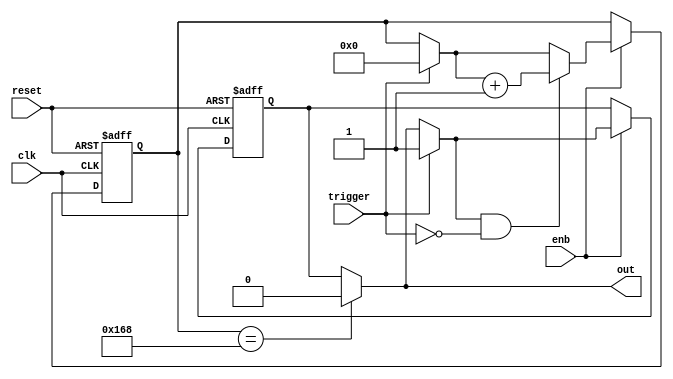
// -------------------------------------------------------------
// 
// 
// Generated by MATLAB 9.13 and HDL Coder 4.0
// 
// -------------------------------------------------------------


// -------------------------------------------------------------
// 
// Module: whdlOFDMTx_MATLAB_Function
// Source Path: whdlOFDMTx/Frame Generator/Data/Data Chain/Symbol Interleaver/Interleaver/Read Logic/MATLAB Function
// Hierarchy Level: 8
// 
// -------------------------------------------------------------

`timescale 1 ns / 1 ns

module whdlOFDMTx_MATLAB_Function
          (clk,
           reset,
           enb,
           trigger,
           out);


  input   clk;
  input   reset;
  input   enb;
  input   trigger;
  output  out;


  reg  out_1;
  reg [8:0] count;  // ufix9
  reg  state;
  reg [8:0] count_next;  // ufix9
  reg  state_next;
  reg [8:0] count_temp;  // ufix9
  reg  state_temp;


  always @(posedge clk or posedge reset)
    begin : MATLAB_Function_process
      if (reset == 1'b1) begin
        count <= 9'b000000000;
        state <= 1'b0;
      end
      else begin
        if (enb) begin
          count <= count_next;
          state <= state_next;
        end
      end
    end

  always @(count, state, trigger) begin
    count_temp = count;
    state_temp = state;
    // %% Executes in next clock cycle
    if (count == 9'b101101000) begin
      state_temp = 1'b0;
    end
    out_1 = state_temp;
    // %% Executes in current clock cycle
    if (trigger) begin
      state_temp = 1'b1;
      count_temp = 9'b000000000;
    end
    if (state_temp && ( ! trigger)) begin
      count_temp = count_temp + 9'b000000001;
    end
    count_next = count_temp;
    state_next = state_temp;
  end



  assign out = out_1;

endmodule  // whdlOFDMTx_MATLAB_Function